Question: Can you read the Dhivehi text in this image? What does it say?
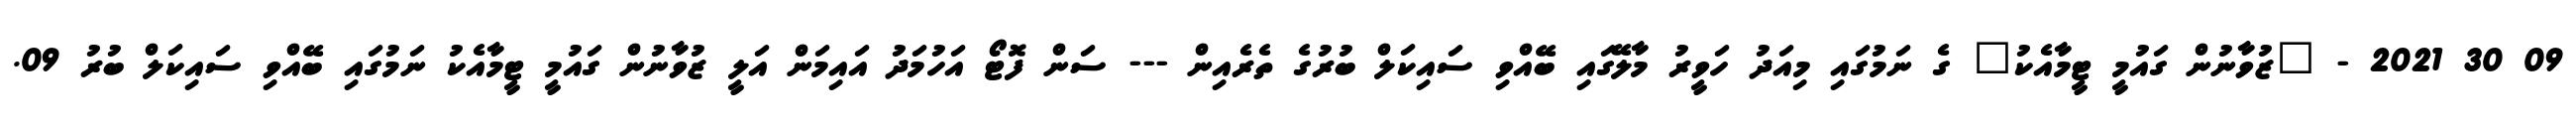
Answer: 09 30 2021 - "ޒުވާނުން ގައުމީ ޓީމާއެކު" ގެ ނަމުގައި މިއަދު ހަވީރު މާލޭގައި ބޭއްވި ސައިކަލް ބުރުގެ ތެރެއިން --- ސަން ފޮޓޯ އަހުމަދު އައިމަން އަލީ ޒުވާނުން ގައުމީ ޓީމާއެކު ނަމުގައި ބޭއްވި ސައިކަލް ބުރު 09.